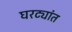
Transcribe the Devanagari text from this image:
घरट्यांत